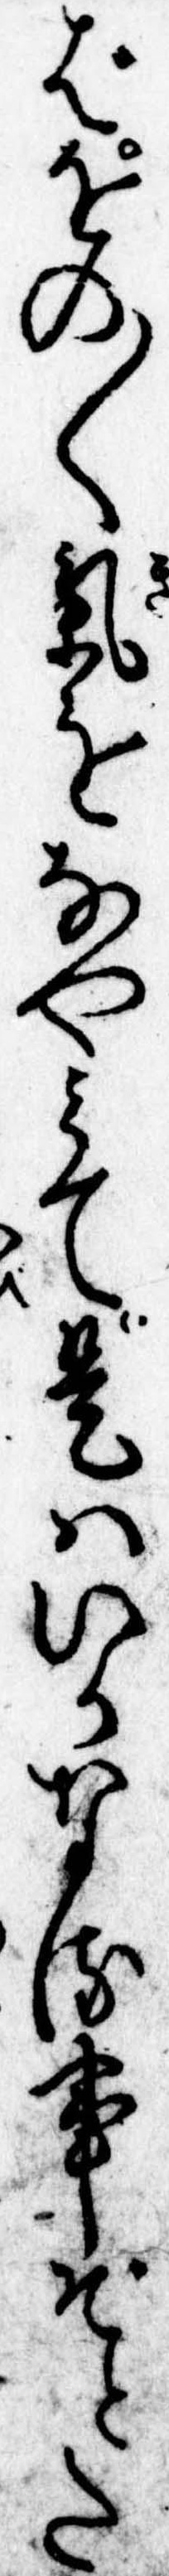
ばをの〱気をなやみて是はいかなる事ぞとた